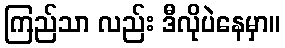
ကြည်သာ လည်း ဒီလိုပဲနေမှာ။